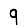
Digit: 9